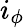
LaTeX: i_{\phi}